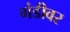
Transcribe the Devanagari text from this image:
गंडीवर